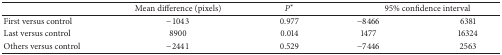
|  | Mean difference (pixels) | P* | <COLSPAN=2> 95% confidence interval |
 | --- | --- | --- | --- | --- |
 | First versus control | −1043 | 0.977 | −8466 | 6381 |
 | Last versus control | 8900 | 0.014 | 1477 | 16324 |
 | Others versus control | −2441 | 0.529 | −7446 | 2563 |